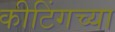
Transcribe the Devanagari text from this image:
कीटिंगच्या